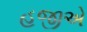
હજીએ